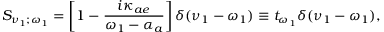
S _ { \nu _ { 1 } ; \omega _ { 1 } } = \left[ 1 - \frac { i \kappa _ { a e } } { \omega _ { 1 } - \alpha _ { a } } \right] \delta ( \nu _ { 1 } - \omega _ { 1 } ) \equiv t _ { \omega _ { 1 } } \delta ( \nu _ { 1 } - \omega _ { 1 } ) ,